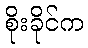
စိုးခိုင်က